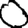
Digit: 0